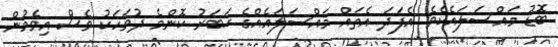
ބޮޑު މައްސަލައެކެވެ. އެފަދަ އެތައް މައްސަލައެއްގެ ޚަބަރު ކޮންމެ ދުވަހަކު ވެސް އިވެމުން